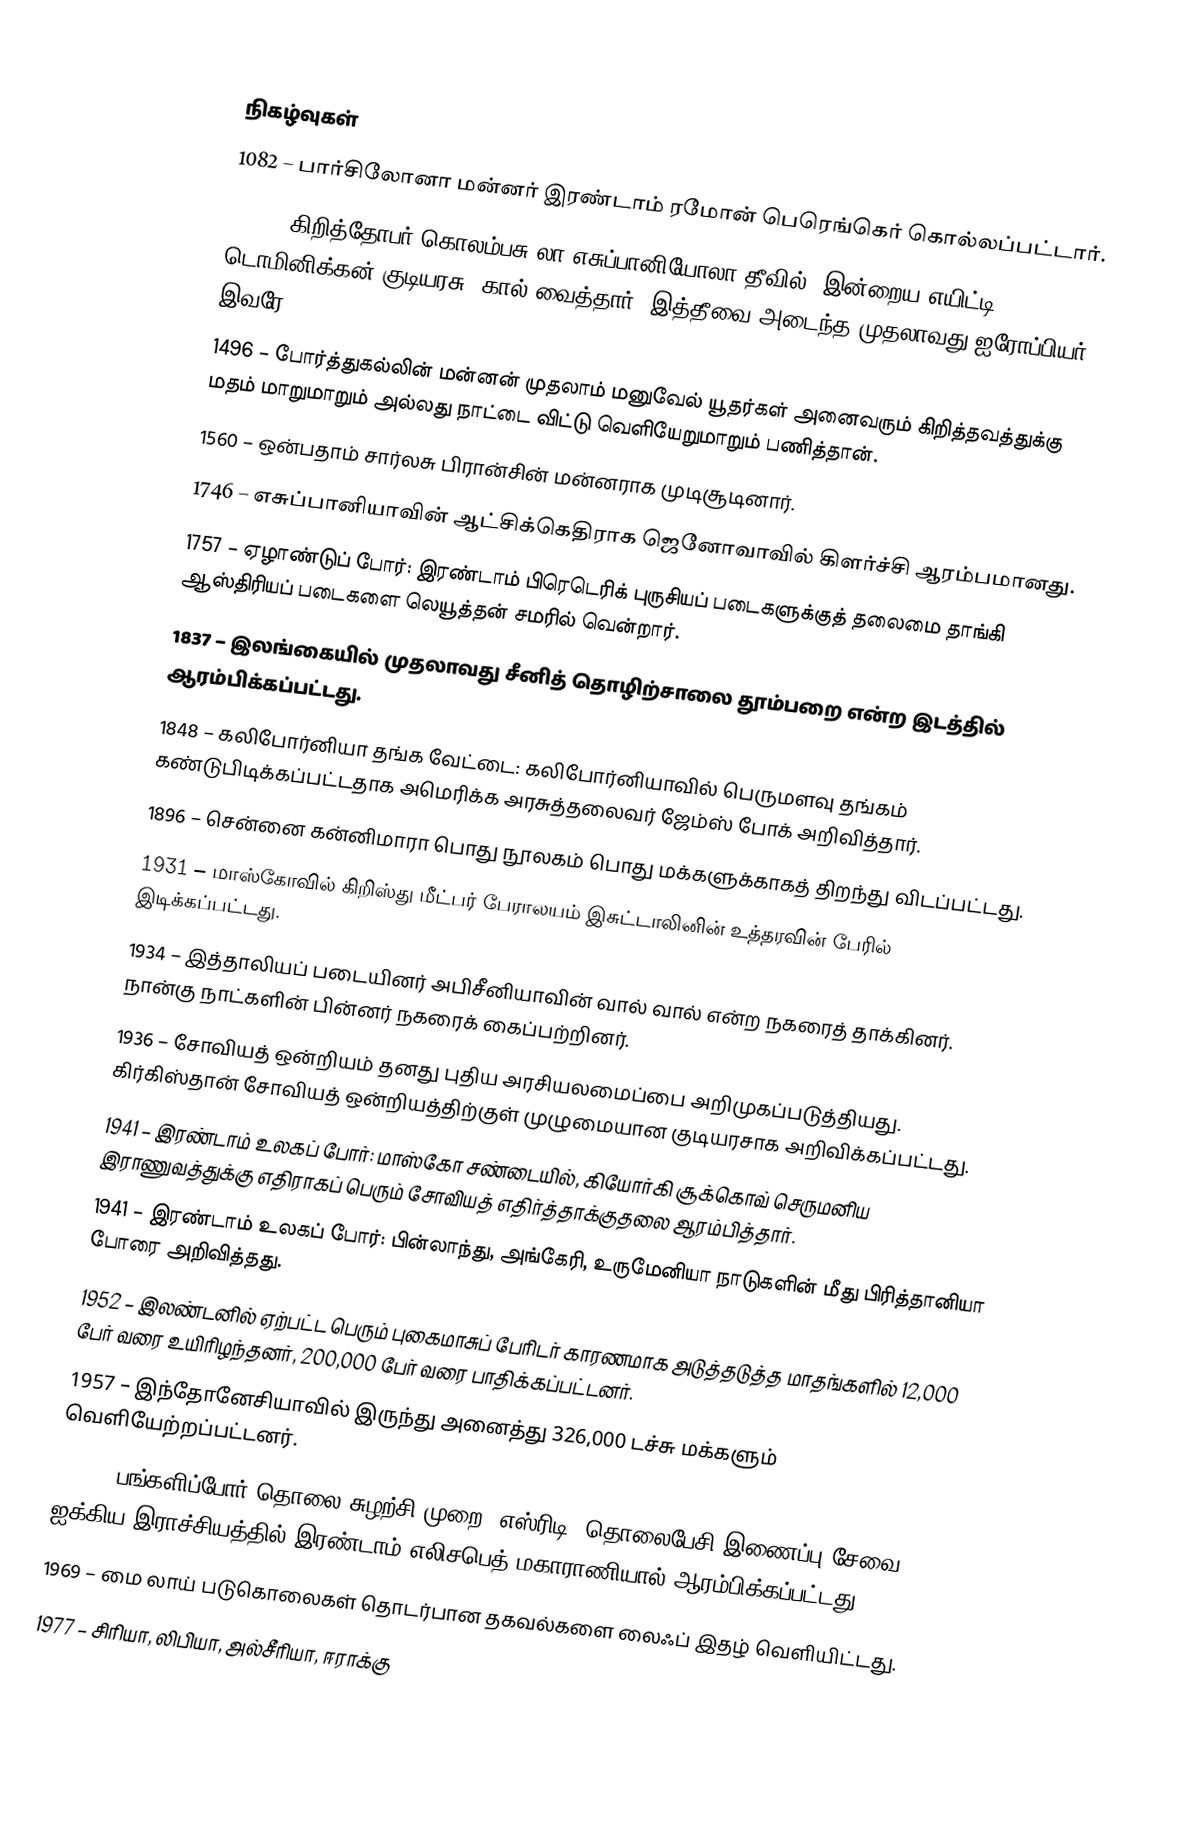

நிகழ்வுகள்
1082 – பார்சிலோனா மன்னர் இரண்டாம் ரமோன் பெரெங்கெர் கொல்லப்பட்டார்.
1492 – கிறித்தோபர் கொலம்பசு லா எசுப்பானியோலா தீவில் (இன்றைய எயிட்டி, டொமினிக்கன் குடியரசு) கால் வைத்தார். இத்தீவை அடைந்த முதலாவது ஐரோப்பியர் இவரே.
1496 – போர்த்துகல்லின் மன்னன் முதலாம் மனுவேல் யூதர்கள் அனைவரும் கிறித்தவத்துக்கு மதம் மாறுமாறும் அல்லது நாட்டை விட்டு வெளியேறுமாறும் பணித்தான்.
1560 – ஒன்பதாம் சார்லசு பிரான்சின் மன்னராக முடிசூடினார்.
1746 – எசுப்பானியாவின் ஆட்சிக்கெதிராக ஜெனோவாவில் கிளர்ச்சி ஆரம்பமானது.
1757 – ஏழாண்டுப் போர்: இரண்டாம் பிரெடெரிக் புருசியப் படைகளுக்குத் தலைமை தாங்கி ஆஸ்திரியப் படைகளை லெயூத்தன் சமரில் வென்றார்.
1837 – இலங்கையில் முதலாவது சீனித் தொழிற்சாலை தூம்பறை என்ற இடத்தில் ஆரம்பிக்கப்பட்டது.
1848 – கலிபோர்னியா தங்க வேட்டை: கலிபோர்னியாவில் பெருமளவு தங்கம் கண்டுபிடிக்கப்பட்டதாக அமெரிக்க அரசுத்தலைவர் ஜேம்ஸ் போக் அறிவித்தார்.
1896 – சென்னை கன்னிமாரா பொது நூலகம் பொது மக்களுக்காகத் திறந்து விடப்பட்டது.
1931 – மாஸ்கோவில் கிறிஸ்து மீட்பர் பேராலயம் இசுட்டாலினின் உத்தரவின் பேரில் இடிக்கப்பட்டது.
1934 – இத்தாலியப் படையினர் அபிசீனியாவின் வால் வால் என்ற நகரைத் தாக்கினர். நான்கு நாட்களின் பின்னர் நகரைக் கைப்பற்றினர்.
1936 – சோவியத் ஒன்றியம் தனது புதிய அரசியலமைப்பை அறிமுகப்படுத்தியது. கிர்கிஸ்தான் சோவியத் ஒன்றியத்திற்குள் முழுமையான குடியரசாக அறிவிக்கப்பட்டது.
1941 – இரண்டாம் உலகப் போர்: மாஸ்கோ சண்டையில், கியோர்கி சூக்கொவ் செருமனிய இராணுவத்துக்கு எதிராகப் பெரும் சோவியத் எதிர்த்தாக்குதலை ஆரம்பித்தார்.
1941 – இரண்டாம் உலகப் போர்: பின்லாந்து, அங்கேரி, உருமேனியா நாடுகளின் மீது பிரித்தானியா போரை அறிவித்தது.
1952 – இலண்டனில் ஏற்பட்ட பெரும் புகைமாசுப் பேரிடர் காரணமாக அடுத்தடுத்த மாதங்களில் 12,000 பேர் வரை உயிரிழந்தனர், 200,000 பேர் வரை பாதிக்கப்பட்டனர்.
1957 – இந்தோனேசியாவில் இருந்து அனைத்து 326,000 டச்சு மக்களும் வெளியேற்றப்பட்டனர்.
1958 – பங்களிப்போர் தொலை சுழற்சி முறை (எஸ்ரிடி) தொலைபேசி இணைப்பு சேவை ஐக்கிய இராச்சியத்தில் இரண்டாம் எலிசபெத் மகாராணியால் ஆரம்பிக்கப்பட்டது.
1969 – மை லாய் படுகொலைகள் தொடர்பான தகவல்களை லைஃப் இதழ் வெளியிட்டது.
1977 – சிரியா, லிபியா, அல்சீரியா, ஈராக்கு